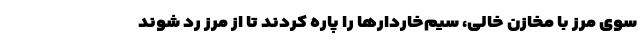
سوی مرز با مخازن خالی، سیم‌خاردارها را پاره کردند تا از مرز رد شوند